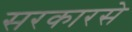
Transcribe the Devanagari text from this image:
सरकारसे